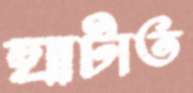
ঘাটাত